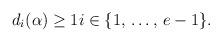
LaTeX: \begin{align*}d_i(\alpha) \ge 1 i \in \{1,\,\dotsc,\,e-1\}.\end{align*}